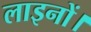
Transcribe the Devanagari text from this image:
लाइनों।